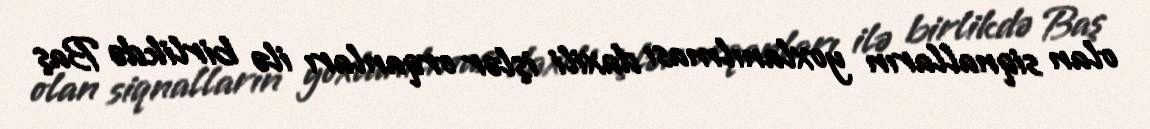
olan siqnalların yoxlanılması daxili işlər orqanları ilə birlikdə Baş